Civil Veterinary Dept. Bombay admin report 1900-1906 - 1900-1906
Year: 1900
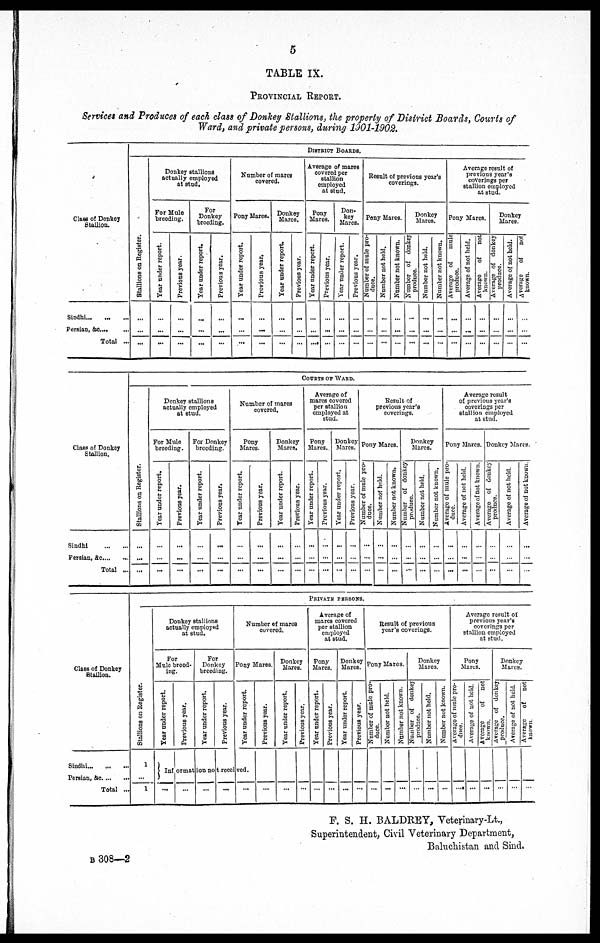
5
TABLE IX.
PROVINCIAL REPORT.
Services and Produces of each class of Donkey Stallions, the property of District Boards, Courts of
Ward, and private persons, during 1901-1902.
Class of Donkey
Stallion.
Sindhi... ... ...
Persian, &c. ... ...
Total ...
DISTRICT BOARDS.
St al l
i
ons on Register.
...
...
...
Donkey stallions
actually employed
at stud.
For Mule
breeding.
Year under report.
...
...
...
Previous year.
...
...
...
For
Donkey
breeding.
Year under report.
...
...
...
Previous year.
...
...
...
Number of mares
covered.
Pony Mares.
Year under report.
...
...
...
Previous year.
...
...
...
Donkey
Mares.
Year under report.
...
...
...
Previous year.
...
...
...
Average of mares
covered per
stallion
employed
at stud.
Pony
Mares.
Year under report.
...
...
...
Previous year.
...
...
...
Don-
key
Mares.
Year under report.
...
...
...
Previous year.
...
...
...
Result of previous year's
coverings.
Pony Mares.
Number of mule pro-
duce.
...
...
...
Number not held.
...
...
...
Number not known.
...
...
...
Donkey
Mares.
Number of donkey
produce.
...
...
...
Number not held.
...
...
...
Number not known.
...
...
...
Average result of
previous year's
coverings per
stallion employed
at stud.
Pony Mares.
Average of
male
produce.
...
...
...
Average of not held.
...
...
...
Average
of
not
known.
...
...
...
Donkey
Mares.
Average
of donkey
produce.
...
...
...
Average
of not held.
...
...
...
Average
of
not
known.
...
...
...
Class of Donkey
Stallion.
Sindhi
...
...
Persian, &c... ...
Total ...
COURTS OF WARD.
St al l
i
ons on Regi s t
er .
...
...
...
Donkey stallions
actually employed
at stud.
For Mule
breeding.
Year under report.
...
...
...
Previous year.
...
...
...
For Donkey
breeding.
Year under report.
...
...
Previous year.
...
...
...
Number of mares
covered.
Pony
Mares.
Year under report.
...
...
...
Previous year.
...
...
...
Donkey
Mares.
Year under report.
...
...
...
Previous year.
...
...
...
Average of
mares covered
per stallion
employed at
stud.
Pony
Mares.
Year under report.
...
...
...
Previous year.
...
...
Donkey
Mares.
Year under report.
...
...
...
Previous year.
...
...
...
Result of
previous year's
coverings.
Pony Mares.
Number of mule pro-
duce.
...
...
...
Number not held.
...
...
...
Number not known.
...
...
...
Donkey
Mares.
Number of donkey
produce.
...
...
...
Number not held.
...
...
...
Number not known.
...
...
...
Average result
of previous year's
coverings per
stallion employed
at stud.
Pony Mares.
Average of mule pro-
duce.
...
...
...
Average
of not held.
...
...
...
Average
of not known.
...
...
...
Donkey Mares.
Average
of donkey
prolines.
...
...
...
Average of not held.
...
...
...
Average of not known.
...
...
...
Class of Donkey
Stallion.
Sindhi ... ... ...
Porsian, &c. ... ...
Total ...
PRIVATE PERSONS.
Stallions on Register.
1
...
1
Donkey stallions
actually employed
at stud.
For
Mule breed-
ing.
Year under report.
Previous year.
For
Donkey
breeding.
Year under report.
Previous year.
Number of mares
covered.
Pony Mares.
Year under report.
Previous year.
Donkey
Mares.
Year under report.
Previous year.
Average of
mares covered
per stallion
employed
at stud.
Pony
Mares.
Year under report.
Previous year.
Donkey
Mares.
Year under report.
Previous year.
Result of previous
year's coverings.
Pony Mares.
Number
of mule pro-
duce.
Number
not held.
Number
not known.
Donkey
Mares.
Number of donkey
produce.
Number not held.
| Number nut known.
Average result of
previous year's
coverings per
stallion employed
at stud.
Pony
Mares.
Average
of mule pro-
duce.
Average
of not held.
Average of not
known.
Donkey
Mares.
Average of donkey
produce.
Average of not held.
Average
of
not
known.
Information not received.
... ... ... ... ... ... ... ... ... ... ... ... ... ... ... ... ... ... ...... ... ... ... ... ...
F. S. H. BALDREY, Veterinary-Lt.,
Superintendent, Civil Veterinary Department,
Baluchistan and Sind.
B 308—2